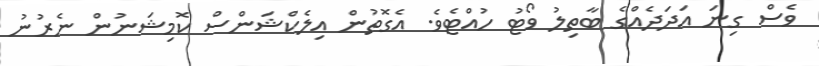
ވެސް ގިނަ އަދަދެއްގެ ބާތިލު ވޯޓު ހުއްޓެވެ. އެގޮތުން އިލެކްޝަންސް ކޮމިޝަނުން ނެރުނު